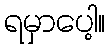
ရမှာပေါ့။